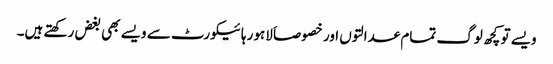
ویسے تو کچھ لوگ تمام عدالتوں اور خصوصاَ لاہور ہائیکورٹ سے ویسے بھی بغض رکھتے ہیں۔